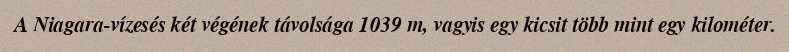
A Niagara-vízesés két végének távolsága 1039 m, vagyis egy kicsit több mint egy kilométer.